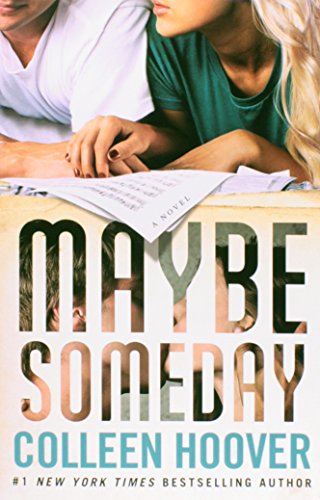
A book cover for Maybe Someday; Colleen Hoover; Romance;